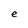
Character: e